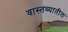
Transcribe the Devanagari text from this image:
वास्तव्यातील